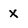
Character: x